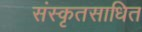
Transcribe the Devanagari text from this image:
संस्कृतसाधित